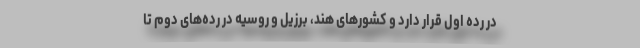
در رده اول قرار دارد و کشورهای هند، برزیل و روسیه در رده‌های دوم تا